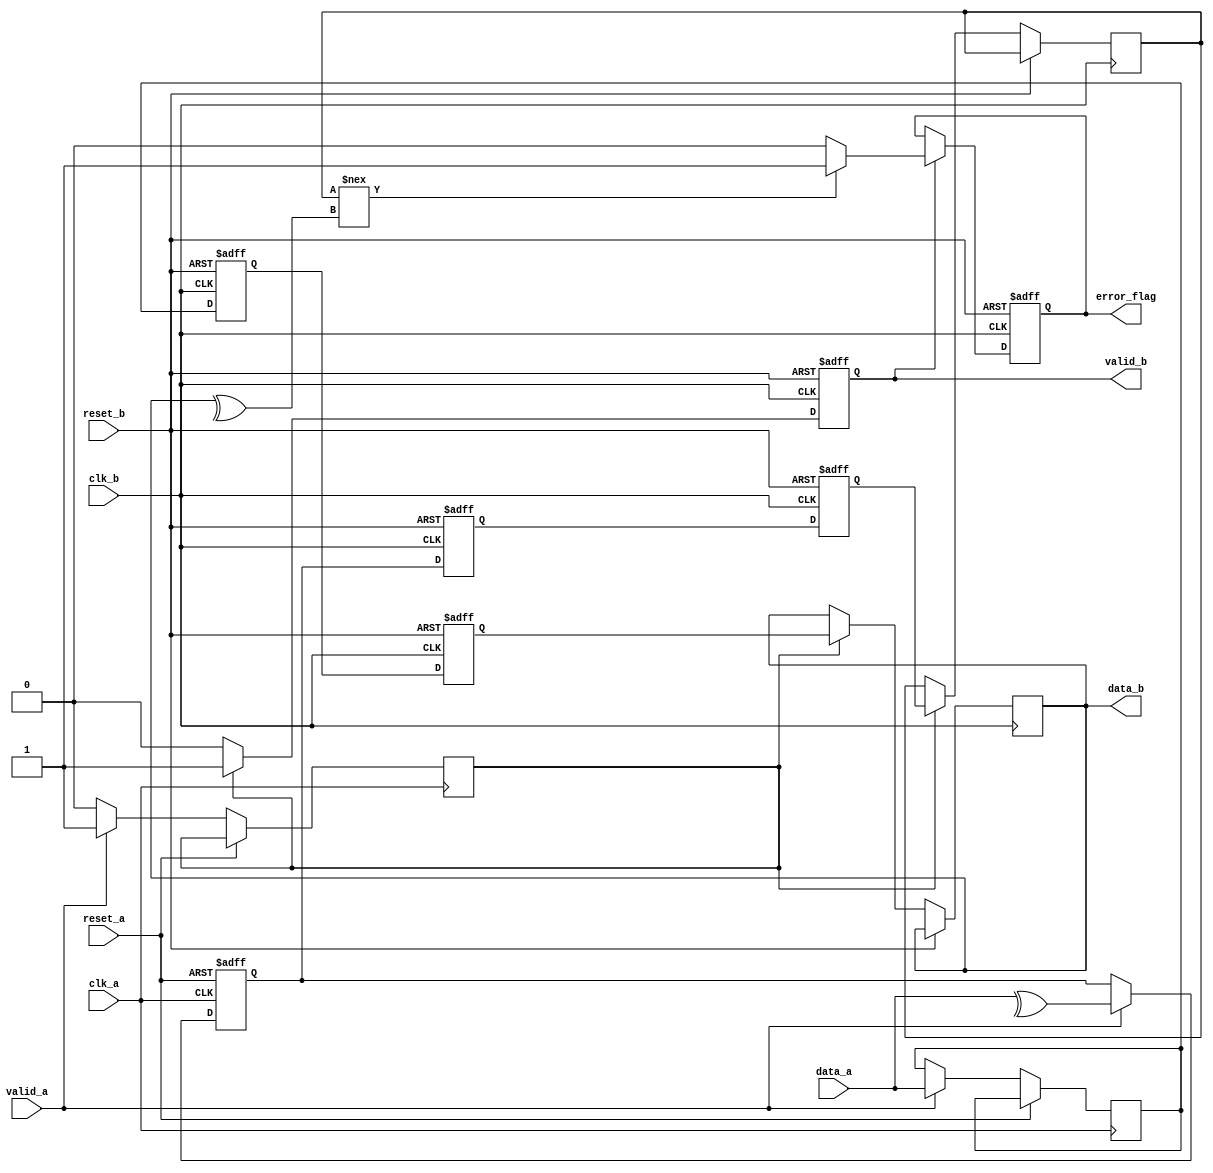
module cdc_memory_blocks #(
    parameter DATA_WIDTH = 8
)(
    input wire clk_a,                // Clock for Domain A
    input wire clk_b,                // Clock for Domain B
    input wire reset_a,              // Asynchronous reset for Domain A
    input wire reset_b,              // Asynchronous reset for Domain B
    input wire [DATA_WIDTH-1:0] data_a, // Data input from Domain A
    input wire valid_a,              // Valid signal from Domain A
    output reg [DATA_WIDTH-1:0] data_b, // Synchronized data output to Domain B
    output reg error_flag,           // Error flag output
    output reg valid_b               // Valid signal for output data in Domain B
);

    // Internal signals
    reg [DATA_WIDTH-1:0] data_a_reg;
    reg parity_bit_a;
    reg parity_bit_b;
    reg valid_a_reg;
    reg ready_b;
    reg ack_b;

    // Generate parity bit in Domain A
    always @(posedge clk_a or posedge reset_a) begin
        if (reset_a) begin
            parity_bit_a <= 0;
        end else if (valid_a) begin
            parity_bit_a <= ^data_a; // Generate even parity
            data_a_reg <= data_a;    // Register data
            valid_a_reg <= 1'b1;      // Register valid signal
        end else begin
            valid_a_reg <= 1'b0;      // Clear valid signal when not valid
        end
    end

    // Dual-flop synchronizer in Domain B
    reg [DATA_WIDTH-1:0] sync_ff1;
    reg [DATA_WIDTH-1:0] sync_ff2;
    reg parity_ff1;
    reg parity_ff2;

    always @(posedge clk_b or posedge reset_b) begin
        if (reset_b) begin
            sync_ff1 <= 0;
            sync_ff2 <= 0;
            parity_ff1 <= 0;
            parity_ff2 <= 0;
            valid_b <= 0;
            error_flag <= 0;
        end else begin
            // First flip-flop synchronizer stage
            sync_ff1 <= data_a_reg;
            parity_ff1 <= parity_bit_a;

            // Second flip-flop synchronizer stage
            sync_ff2 <= sync_ff1;
            parity_ff2 <= parity_ff1;

            // Check for valid data and parity
            if (valid_a_reg) begin
                valid_b <= 1'b1; // Set valid signal
                data_b <= sync_ff2; // Output synchronized data
                parity_bit_b <= parity_ff2; // Capture parity bit
            end else begin
                valid_b <= 1'b0; // Clear valid signal
            end

            // Error detection logic
            if (valid_b) begin
                // Check parity
                if (parity_bit_b !== ^data_b) begin
                    error_flag <= 1'b1; // Set error flag on parity mismatch
                end else begin
                    error_flag <= 1'b0; // Clear error flag
                end
            end
        end
    end

endmodule